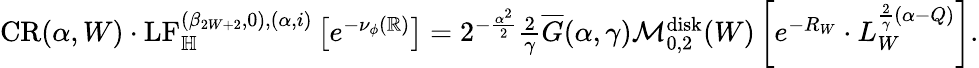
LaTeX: \begin{array}{r}{\mathrm{{CR}}(\alpha,W)\cdot\mathrm{LF}_{\mathbb H}^{(\beta_{2W+2},0),(\alpha,i)}\left[e^{-\nu_{\phi}(\mathbb R)}\right]=2^{-\frac{\alpha^{2}}{2}}\frac{2}{\gamma}\overline{G}(\alpha,\gamma)\mathcal M_{0,2}^{\mathrm{disk}}(W)\left[e^{-R_{W}}\cdot L_{W}^{\frac{2}{\gamma}(\alpha-Q)}\right].}\end{array}